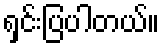
ရှင်းပြပါတယ်။